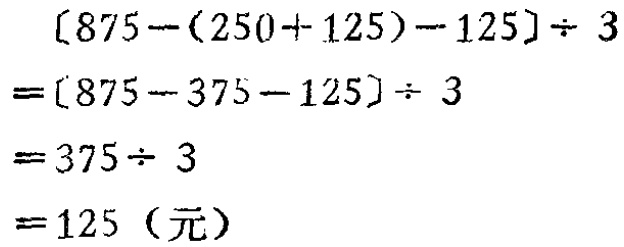
\[
\begin{align*}
&[875-(250 + 125)-125]\div3\\
=&[875 - 375-125]\div3\\
=&375\div3\\
=&125 \text{（元）}
\end{align*}
\]